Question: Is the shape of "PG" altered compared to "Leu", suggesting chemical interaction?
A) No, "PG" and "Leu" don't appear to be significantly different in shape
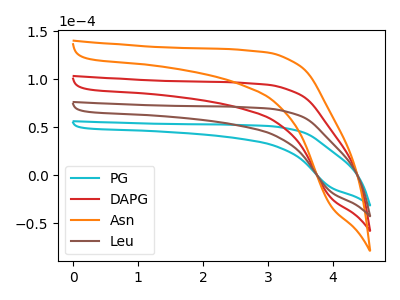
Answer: <think>The cyan curve "PG" has no peaks. The red curve "DAPG" has no peaks. The orange curve "Asn" has no peaks. The brown curve "Leu" has no peaks.
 Neither "PG" or "Leu" have any peaks.</think>
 <answer>A) No, "PG" and "Leu" don't appear to be significantly different in shape</answer>
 <eval>A</eval>